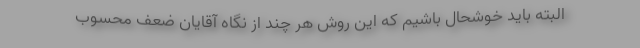
البته باید خوشحال باشیم که این روش هر چند از نگاه آقایان ضعف محسوب